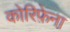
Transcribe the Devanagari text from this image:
कोरिफ़ेना